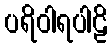
ပရိဝါရပါဠိ